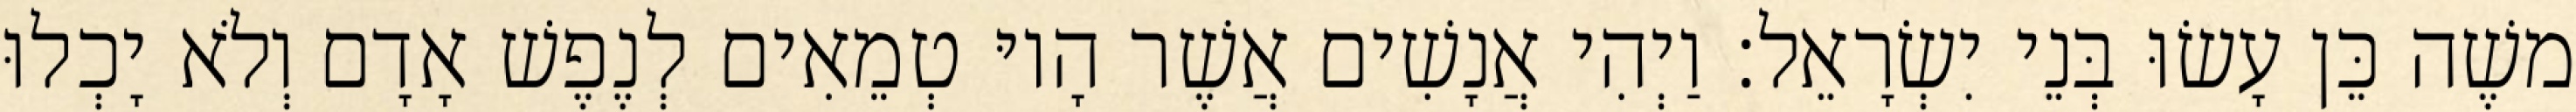
משֶׁה כֵּן עָשׂוּ בְּנֵי יִשְׂרָאֵל׃ וַיְהִי אֲנָשִׁים אֲשֶׁר הָיוּ טְמֵאִים לְנֶפֶשׁ אָדָם וְלֹא יָכְלוּ